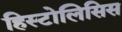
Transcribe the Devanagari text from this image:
हिस्टोलिसिस